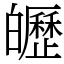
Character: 㿨